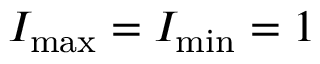
I _ { \mathrm { m a x } } = I _ { \mathrm { m i n } } = 1